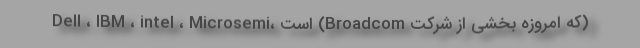
(که امروزه بخشی از شرکت Broadcom) است ،Dell ، IBM ، intel ، Microsemi